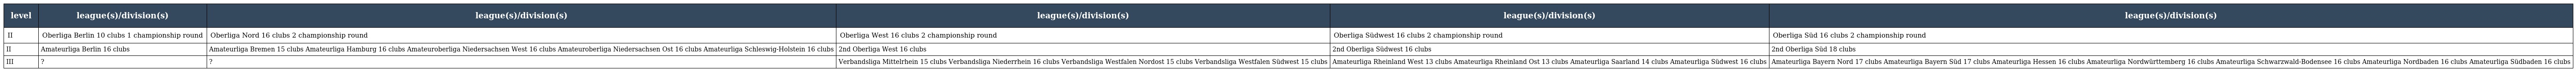
| level | league(s)/division(s) | league(s)/division(s) | league(s)/division(s) | league(s)/division(s) | league(s)/division(s) |
 | --- | --- | --- | --- | --- | --- |
 | II | Oberliga Berlin 10 clubs 1 championship round | Oberliga Nord 16 clubs 2 championship round | Oberliga West 16 clubs 2 championship round | Oberliga Südwest 16 clubs 2 championship round | Oberliga Süd 16 clubs 2 championship round |
 | II | Amateurliga Berlin 16 clubs | Amateurliga Bremen 15 clubs Amateurliga Hamburg 16 clubs Amateuroberliga Niedersachsen West 16 clubs Amateuroberliga Niedersachsen Ost 16 clubs Amateurliga Schleswig-Holstein 16 clubs | 2nd Oberliga West 16 clubs | 2nd Oberliga Südwest 16 clubs | 2nd Oberliga Süd 18 clubs |
 | III | ? | ? | Verbandsliga Mittelrhein 15 clubs Verbandsliga Niederrhein 16 clubs Verbandsliga Westfalen Nordost 15 clubs Verbandsliga Westfalen Südwest 15 clubs | Amateurliga Rheinland West 13 clubs Amateurliga Rheinland Ost 13 clubs Amateurliga Saarland 14 clubs Amateurliga Südwest 16 clubs | Amateurliga Bayern Nord 17 clubs Amateurliga Bayern Süd 17 clubs Amateurliga Hessen 16 clubs Amateurliga Nordwürttemberg 16 clubs Amateurliga Schwarzwald-Bodensee 16 clubs Amateurliga Nordbaden 16 clubs Amateurliga Südbaden 16 clubs |